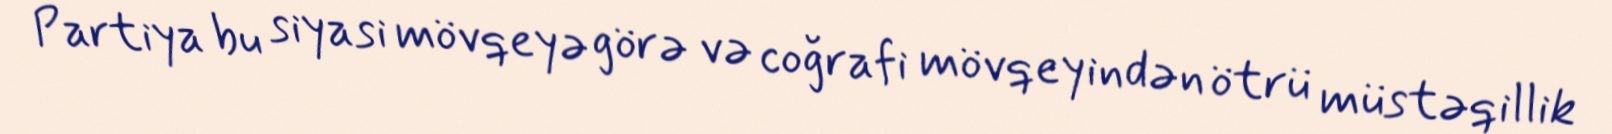
Partiya bu siyasi mövqeyə görə və coğrafi mövqeyindən ötrü müstəqillik